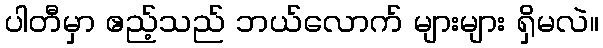
ပါတီမှာ ဧည့်သည် ဘယ်လောက် များများ ရှိမလဲ။